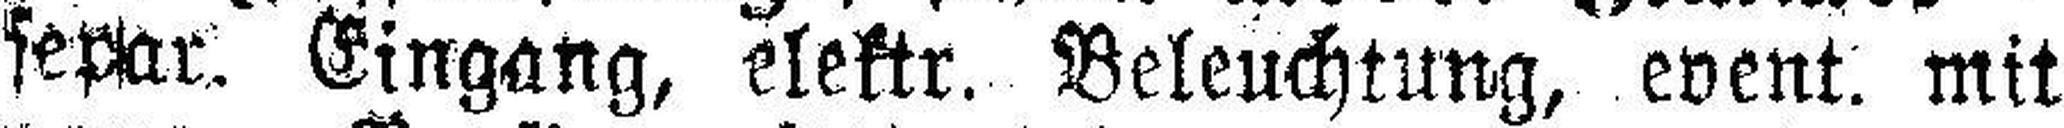
separ. Eingang, elektr. Beleuchtung, event. mit